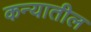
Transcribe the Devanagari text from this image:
कन्यातील